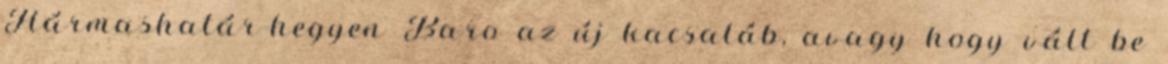
Hármashatár-hegyen Baro az új kacsaláb, avagy hogy vált be